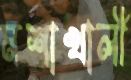
মশাখালী